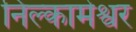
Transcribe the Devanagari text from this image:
निल्कामेश्वर